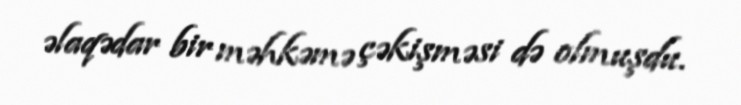
əlaqədar bir məhkəmə çəkişməsi də olmuşdu.